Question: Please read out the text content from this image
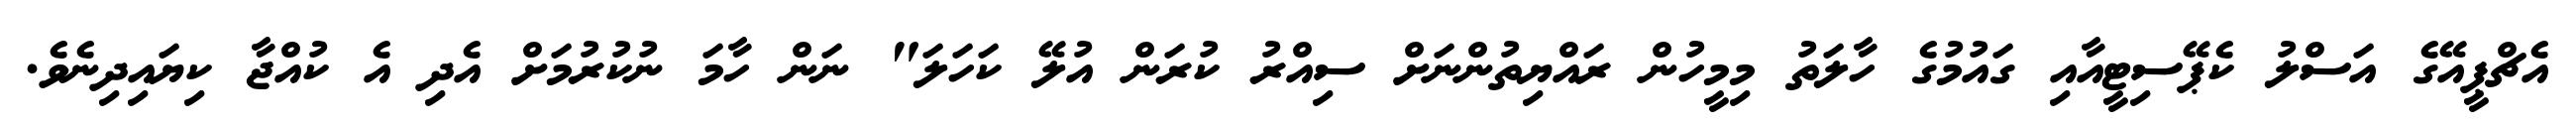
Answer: އެޗްޕީއޭގެ އަސްލު ކެޕޭސިޓީއާއި ގައުމުގެ ހާލަތު މިމީހުން ރައްޔިތުންނަށް ސިއްރު ކުރަން އުލޭ ކަހަލަ" ނަން ހާމަ ނުކުރުމަށް އެދި އެ ކުއްޖާ ކިޔައިދިނެވެ.